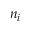
n _ { i }